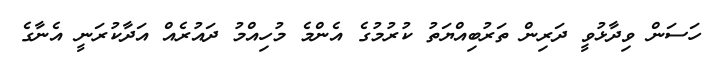
ހަސަން ވިދާޅުވީ ދަރިން ތަރުބިއްޔަތު ކުރުމުގެ އެންމެ މުހިއްމު ދައުރެއް އަދާކުރަނީ އެނާގެ